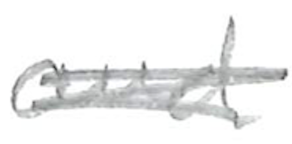
Text: and
Cross-out: mix
Writing tool: pencil